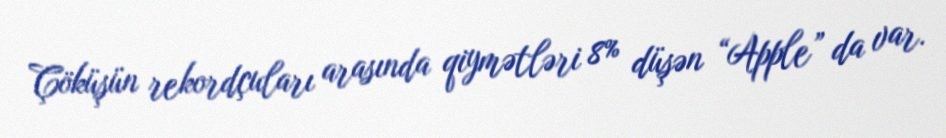
Çöküşün rekordçuları arasında qiymətləri 8% düşən “Apple” da var.